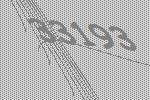
33193